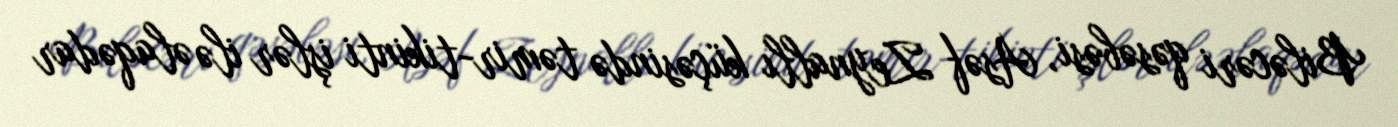
Biləcəri qəsəbəsi, Asəf Zeynallı küçəsində təmir-tikinti işlər ilə əlaqədar